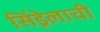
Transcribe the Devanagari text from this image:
सिंड्रेलाची